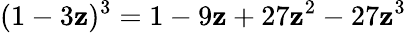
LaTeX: (1-3\mathbf{z})^{3}=1-9\mathbf{z}+27\mathbf{z}^{2}-27\mathbf{z}^{3}